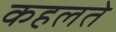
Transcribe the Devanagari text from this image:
कहलते